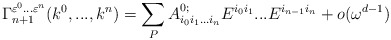
\begin{align*}\Gamma_{n+1}^{\varepsilon^0...\varepsilon^n}(k^0,...,k^n) =\sum\limits_PA^{0;}_{i_0i_1...i_n}E^{i_0i_1}...E^{i_{n-1}i_n}+o(\omega^{d-1})\end{align*}